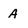
Character: A